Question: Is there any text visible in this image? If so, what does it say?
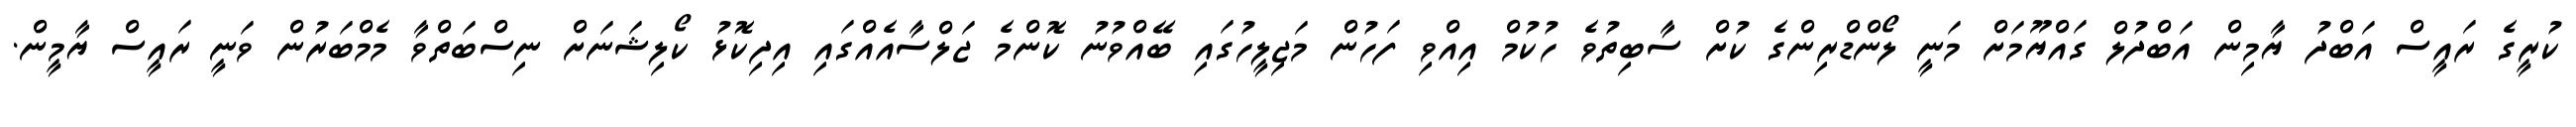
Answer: ކުރީގެ ރައީސް އަބްދު ޔާމިން އަބްދުލް ގައްޔޫމަށް މަނީ ލޯންޑްރިންގެ ކުށް ސާބިތުވެ ހުކުމް އިއްވި ފަހުން މަޖިލީހުގައި ބޭއްވުނު ކޮންމެ ޖަލްސާއެއްގައި އިދިކޮޅު ކޯލިޝަނަށް ނިސްބަތްވާ މެމްބަރުން ވަނީ ރައީސް ޔާމީން.